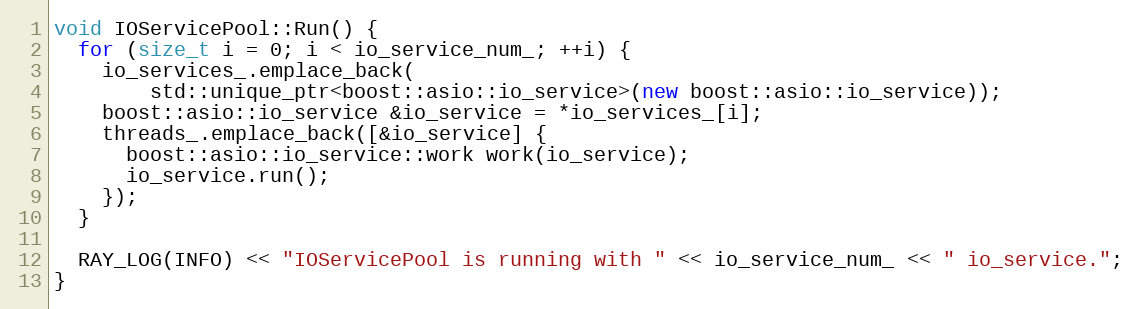
Language: C++
void IOServicePool::Run() {
  for (size_t i = 0; i < io_service_num_; ++i) {
    io_services_.emplace_back(
        std::unique_ptr<boost::asio::io_service>(new boost::asio::io_service));
    boost::asio::io_service &io_service = *io_services_[i];
    threads_.emplace_back([&io_service] {
      boost::asio::io_service::work work(io_service);
      io_service.run();
    });
  }

  RAY_LOG(INFO) << "IOServicePool is running with " << io_service_num_ << " io_service.";
}